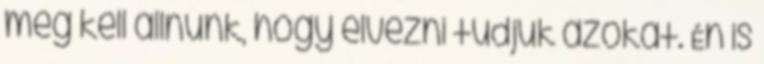
meg kell állnunk, hogy élvezni tudjuk azokat. Én is